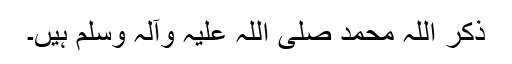
ذکر اللہ محمد صلی اللہ علیہ وآلہ وسلم ہیں۔